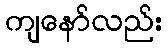
ကျနော်လည်း